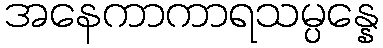
အနေကာကာရသမ္ပန္နေ